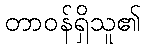
တာဝန်ရှိသူ၏